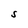
Character: S